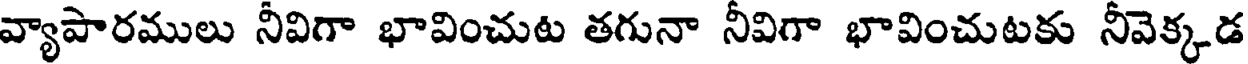
వ్యాపారములు నీవిగా భావించుట తగునా నీవిగా భావించుటకు నీవెక్కడ